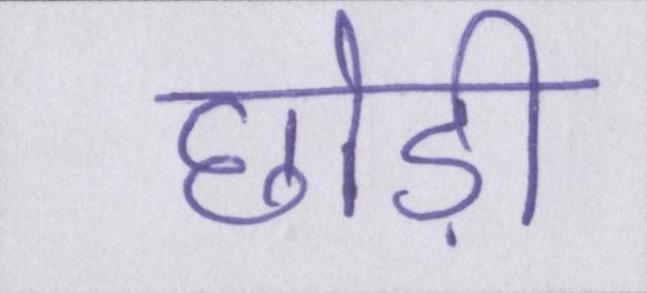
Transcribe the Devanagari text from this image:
छोड़ी